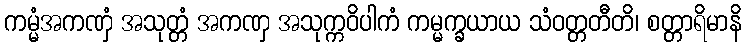
ကမ္မံအကဏှံ အသုတ္တံ အကဏှ အသုက္ကဝိပါကံ ကမ္မက္ခယာယ သံဝတ္တတီတိ၊ စတ္တာရိမာနိ